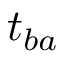
t _ { b a }